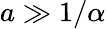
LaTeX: a\gg 1/\alpha